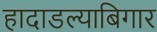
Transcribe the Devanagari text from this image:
हादाडल्याबिगार